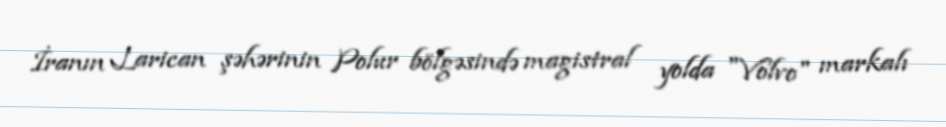
İranın Larican şəhərinin Polur bölgəsində magistral yolda "Volvo" markalı